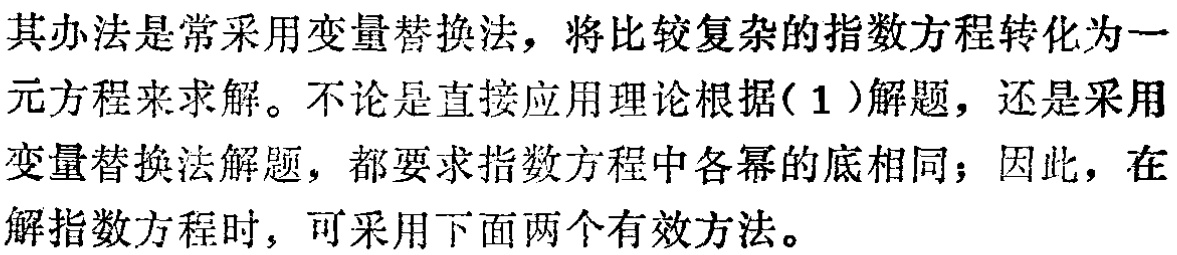
其办法是常采用变量替换法，将比较复杂的指数方程转化为一元方程来求解。不论是直接应用理论根据(1)解题，还是采用变量替换法解题，都要求指数方程中各幂的底相同；因此，在解指数方程时，可采用下面两个有效方法。